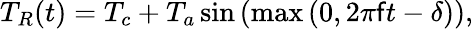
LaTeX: T_{R}(t)=T_{c}+T_{a}\sin\left(\operatorname*{max}\left(0,2\pi\mathsf{f}t-\delta\right)\right),